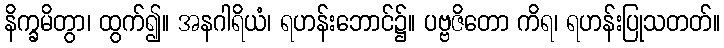
နိက္ခမိတွာ၊ ထွက်၍။ အနဂါရိယံ၊ ရဟန်းဘောင်၌။ ပဗ္ဗဇိတော ကိရ၊ ရဟန်းပြုသတတ်။